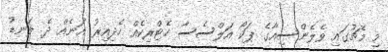
މި މެޗުގައި ވެލެންސިއާގެ ޕަކޯ އަލްސެސާ ހެޓްރިކެއް ހެދިއިރު އަނެއް ދެ ލަނޑު